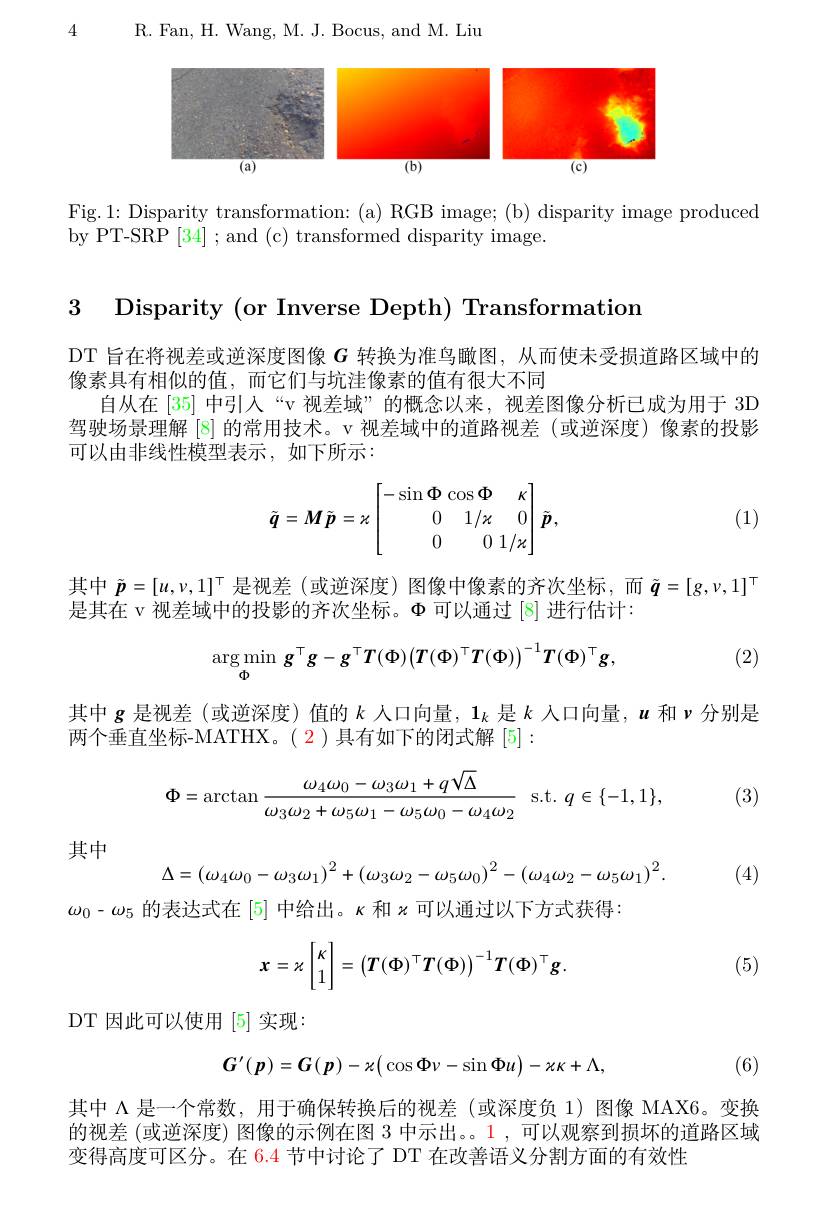
R. Fan, H. Wang, M. J. Bocus, and M. Liu

4

<FigureHere>

Fig.1: Disparity transformation: (a) RGB image; (b) disparity image produced
by PT-SRP [34] ; and (c) transformed disparity image.

3 Disparity (or Inverse Depth) Transformation

DT 旨在将视差或逆深度图像$G$转换为准鸟瞰图，从而使未受损道路区域中的
像素具有相似的值，而它们与坑洼像素的值有很大不同
自从在[35] 中引入“v 视差域”的概念以来，视差图像分析已成为用于 3D 驾驶场景理解[8]的常用技术。v 视差域中的道路视差(或逆深度)像素的投影可以由非线性模型表示，如下所示：
$$\tilde{\boldsymbol{q}}=\boldsymbol{M}\tilde{\boldsymbol{p}}=\kappa\begin{bmatrix}-\sin\Phi\cos\Phi&\kappa\\0&1/\kappa&0\\0&0&1/\kappa\end{bmatrix}\tilde{\boldsymbol{p}},$$
(1)

其中$\tilde{\boldsymbol{p}}=[u,\nu,1]^{\top}$是视差 (或逆深度)图像中像素的齐次坐标，而$\tilde{\boldsymbol{q}}=[g,\nu,1]^{\top}$
是其在 v 视差域中的投影的齐次坐标。$\Phi$可以通过[8]进行估计：
$$\underset{\Phi}{\arg\min}\boldsymbol{g}^{\top}\boldsymbol{g}-\boldsymbol{g}^{\top}\boldsymbol{T}(\boldsymbol{\Phi})\big(\boldsymbol{T}(\boldsymbol{\Phi})^{\top}\boldsymbol{T}(\boldsymbol{\Phi})\big)^{-1}\boldsymbol{T}(\boldsymbol{\Phi})^{\top}\boldsymbol{g},$$
(2)

其中$g$是视差 (或逆深度)值的$k$人口向量，$1_k$是$k$入口向量，$u$和$\nu$分别是
两个垂直坐标-MATHX。(2)具有如下的闭式解[5]:
$$\Phi=\arctan\frac{\omega_4\omega_0-\omega_3\omega_1+q\sqrt{\Delta}}{\omega_3\omega_2+\omega_5\omega_1-\omega_5\omega_0-\omega_4\omega_2}\:\mathrm{s.t.}\:q\in\{-1,1\},$$
(3)

其中

(4)
$$\Delta=\left(\omega_4\omega_0-\omega_3\omega_1\right)^2+\left(\omega_3\omega_2-\omega_5\omega_0\right)^2-\left(\omega_4\omega_2-\omega_5\omega_1\right)^2.$$
$\omega_0-\omega_5$的表达式在 [5] 中给出。$\kappa$和$\kappa$可以通过以下方式获得：
$$\boldsymbol{x}=\kappa\begin{bmatrix}\kappa\\1\end{bmatrix}=\begin{pmatrix}\boldsymbol{T}(\Phi)^\top\boldsymbol{T}(\Phi)\end{pmatrix}^{-1}\boldsymbol{T}(\Phi)^\top\boldsymbol{g}.$$
(5)

DT 因此可以使用[5]实现：
$$G'(p)=G(p)-\kappa\big(\cos\Phi v-\sin\Phi u\big)-\kappa\kappa+\Lambda,$$
(6)

其中 Λ 是一个常数，用于确保转换后的视差 (或深度负 1) 图像 MAX6。变换的视差 (或逆深度) 图像的示例在图 3 中示出。。1 ,可以观察到损坏的道路区域变得高度可区分。在 6.4 节中讨论了 DT 在改善语义分割方面的有效性